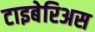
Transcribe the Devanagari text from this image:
टाइबेरिअस